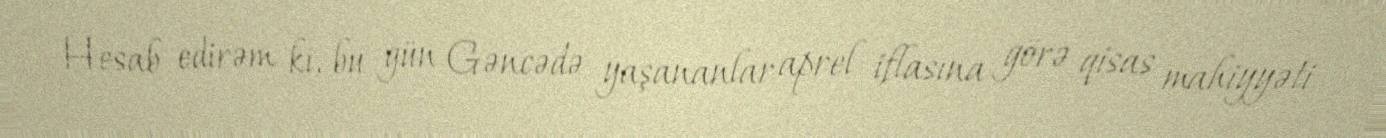
Hesab edirəm ki, bu gün Gəncədə yaşananlar aprel iflasına görə qisas mahiyyəti